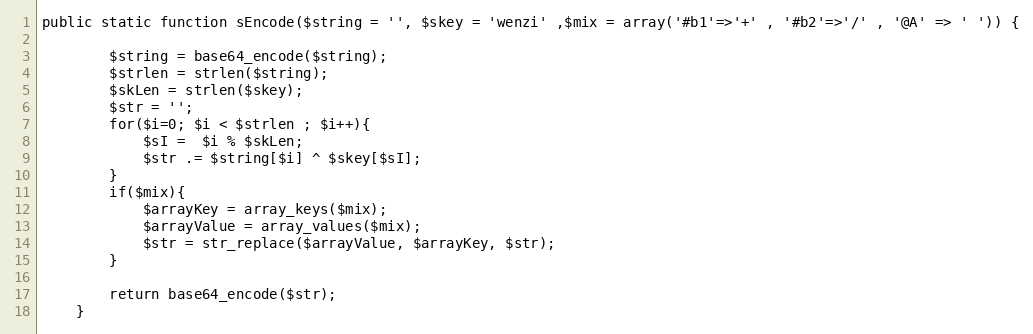
Language: PHP
public static function sEncode($string = '', $skey = 'wenzi' ,$mix = array('#b1'=>'+' , '#b2'=>'/' , '@A' => ' ')) {

        $string = base64_encode($string);
        $strlen = strlen($string);
        $skLen = strlen($skey);
        $str = '';
        for($i=0; $i < $strlen ; $i++){
            $sI =  $i % $skLen;
            $str .= $string[$i] ^ $skey[$sI];
        }
        if($mix){
            $arrayKey = array_keys($mix);
            $arrayValue = array_values($mix);
            $str = str_replace($arrayValue, $arrayKey, $str);
        }

        return base64_encode($str);
    }